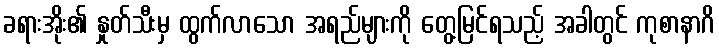
ခရားအိုး၏ နှုတ်သီးမှ ထွက်လာသော အရည်များကို တွေ့မြင်ရသည့် အခါတွင် ကုစာနာဂိ